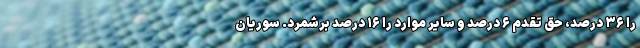
را ۳۶ درصد، حق تقدم ۶ درصد و سایر موارد را ۱۶ درصد برشمرد. سوریان